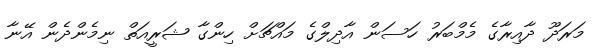
މަރަދޫ ދާއިރާގެ މެމްބަރު ހަސަން އާދިލްގެ މައްޗަށް ހިންގާ ޝަރީއަތް ނިމެންދެން އޭނާ